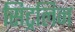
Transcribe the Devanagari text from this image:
सिट्रलिन